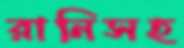
রানিসহ